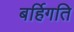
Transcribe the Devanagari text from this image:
बर्हिगति